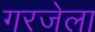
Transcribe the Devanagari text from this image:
गरजेला